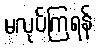
မလုပ်ကြရန်